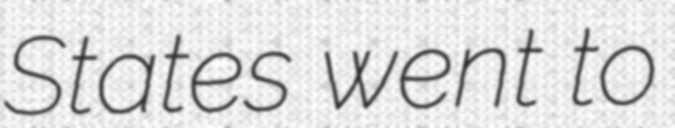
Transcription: States went to